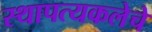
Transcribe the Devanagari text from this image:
स्थापत्यकलेचे